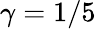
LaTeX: \gamma=1/5